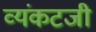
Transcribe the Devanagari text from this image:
व्यंकटजी